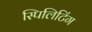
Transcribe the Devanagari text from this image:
स्पिलिटिंग